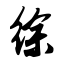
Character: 徐